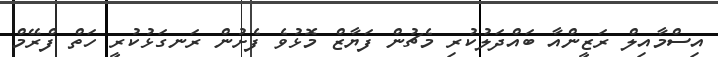
އިސްމާއިލް ރަޒީންއާ ބައްދަލުކުރި މެޗުން ފަޔާޒް މޮޅުވެ ފެށުން ރަނގަޅުކުރީ ހަތް ފްރޭމް